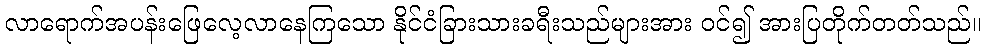
လာရောက်အပန်းဖြေလေ့လာနေကြသော နိုင်ငံခြားသားခရီးသည်များအား ဝင်၍ အားပြတိုက်တတ်သည်။